Civil Veterinary Department Bengal reports 1923-33 - 1923-1933
Year: 1923
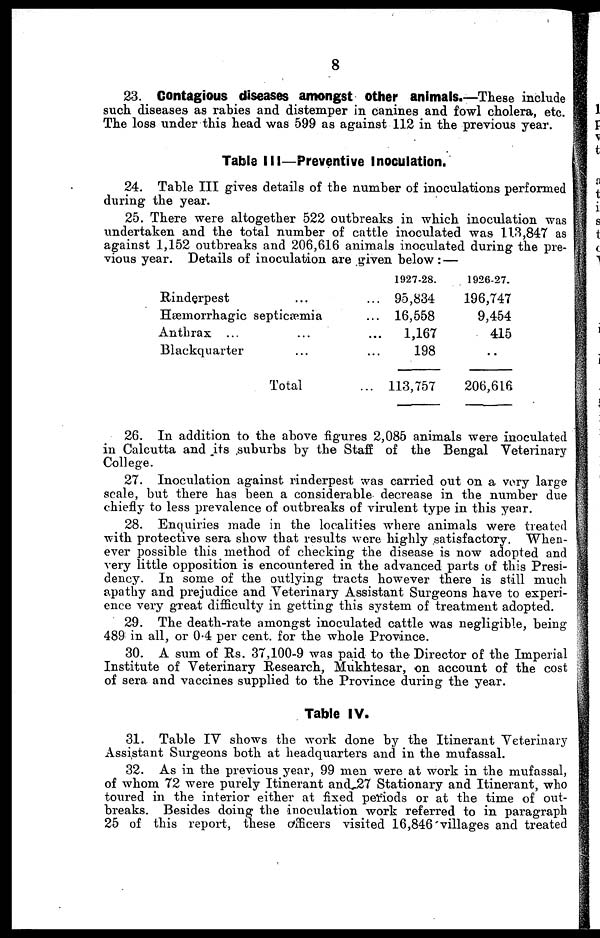
8
23. Contagious diseases amongst other animals.—These include
such diseases as rabies and distemper in canines and fowl cholera, etc.
The loss under this head was 599 as against 112 in the previous year.
Table III—Preventive Inoculation.
24. Table III gives details of the number of inoculations performed
during the year.
25. There were altogether 522 outbreaks in which inoculation was
undertaken and the total number of cattle inoculated was 113,847 as
against 1,152 outbreaks and 206,616 animals inoculated during the pre-
vious year. Details of inoculation are given below : —
Rinderpest ...
Hæmorrhagic septicæmia
Anthrax ... ...
Blackquarter ...
Total
...
...
...
...
...
1927-28.
95,834
16,558
1,167
198
113,757
1926-27.
196,747
9,454
415
..
206,616
26. In addition to the above figures 2,085 animals were inoculated
in Calcutta and its suburbs by the Staff of the Bengal Veterinary
College.
27. Inoculation against rinderpest was carried out on a very large
scale, but there has been a considerable decrease in the number due
chiefly to less prevalence of outbreaks of virulent type in this year.
28. Enquiries made in the localities where animals were treated
with protective sera show that results were highly satisfactory. When-
ever possible this method of checking the disease is now adopted and
very little opposition is encountered in the advanced parts of this Presi-
dency. In some of the outlying tracts however there is still much
apathy and prejudice and Veterinary Assistant Surgeons have to experi-
ence very great difficulty in getting this system of treatment adopted.
29. The death-rate amongst inoculated cattle was negligible, being
489 in all, or 0-4 per cent. for the whole Province.
30. A sum of Rs. 37,100-9 was paid to the Director of the Imperial
Institute of Veterinary Research, Mukhtesar, on account of the cost
of sera and vaccines supplied to the Province during the year.
Table IV.
31. Table IV shows the work done by the Itinerant Veterinary
Assistant Surgeons both at headquarters and in the mufassal.
32. As in the previous year, 99 men were at work in the mufassal,
of whom 72 were purely Itinerant and 27 Stationary and Itinerant, who
toured in the interior either at fixed periods or at the time of out-
breaks. Besides doing the inoculation work referred to in paragraph
25 of this report, these officers visited 16,846 villages and treated